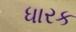
ધારક